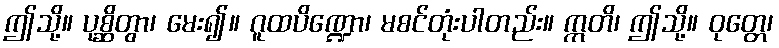
ဤသို့။ ပုစ္ဆိတွာ၊ မေး၍။ ဂူထပိဏ္ဍော၊ မစင်တုံးပါတည်း။ ဣတိ၊ ဤသို့။ ဝုတ္တေ၊